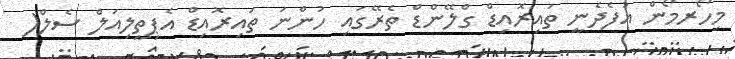
މިހޯރމޯން އުފެދެނީ ތައިރޮއިޑް ގްލޭންޑް ތެރޭގައި ހުންނަ ތައިރޮއިޑް އެޕިތީލިއަލް ސެލް(